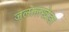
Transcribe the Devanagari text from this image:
जलालखेडा